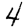
Digit: 4